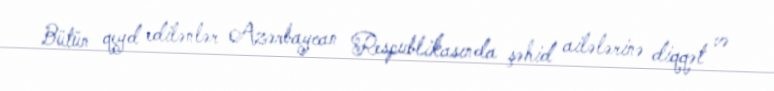
Bütün qeyd edilənlər Azərbaycan Respublikasında şəhid ailələrinə diqqət və